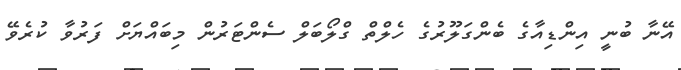
އޭނާ ބުނީ އިންޑިއާގެ ބެންގަލޫރުގެ ހެލްތް ގްލޯބަލް ސެންޓަރުން މިބައްޔަށް ފަރުވާ ކުރެވޭ